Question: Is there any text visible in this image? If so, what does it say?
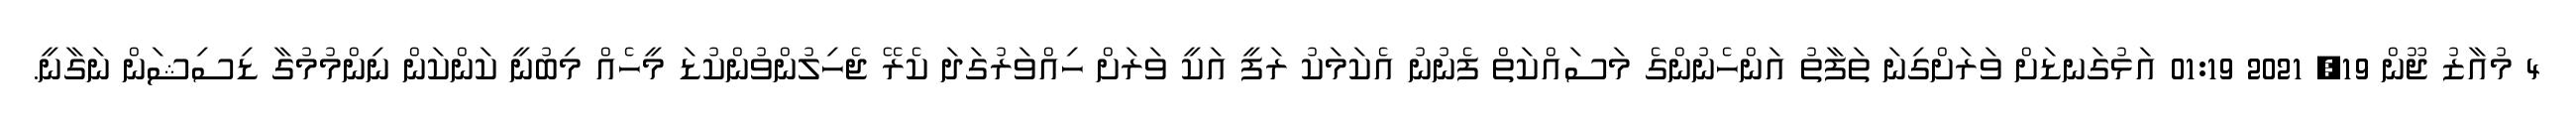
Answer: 4 މުއާޒު ޖޫން 19, 2021 01:19 އަޅުގަނޑަށް ވަރަށްގިނަ ތަފާތު އަންހެނުންގެ މަސައްކަތް ފެނުނު އެކަމަކު ރަފީ އަކީ ވަރަށް ހިއްވަރުގަދަ ކެރޭ ޖެހިލުންވުންކުޑަ މީހެއް މިބުނީ ކަންކަން ނިންމުމުގާ ޑިސިޝަން ނަގާނީ.